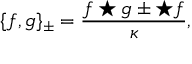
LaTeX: \{ f , g \} _ { \pm } = \frac { f \star g \pm \star f } { \kappa } ,